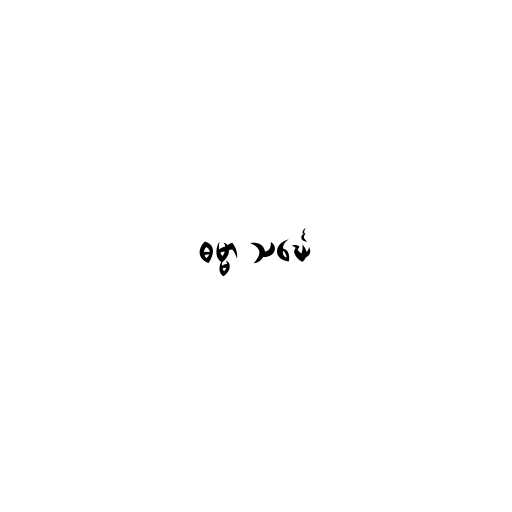
ဓမ္မာ သင်္ဃေ